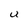
Character: U